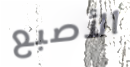
الأصبع